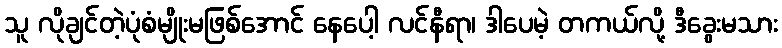
သူ လိုချင်တဲ့ပုံစံမျိုးမဖြစ်အောင် နေပေါ့ လင်နီရာ၊ ဒါပေမဲ့ တကယ်လို့ ဒီခွေးမသား